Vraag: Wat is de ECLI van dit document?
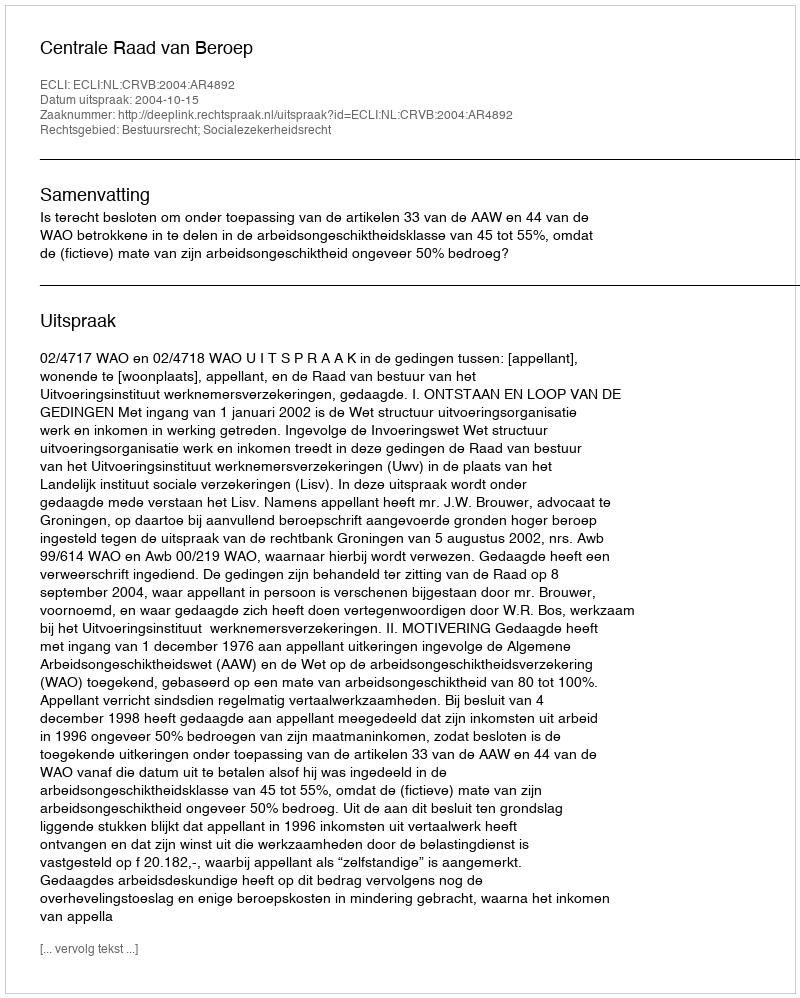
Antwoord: ECLI:NL:CRVB:2004:AR4892